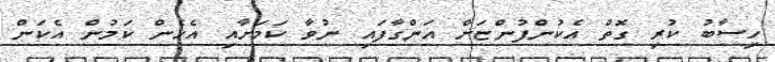
ހިސާބު ކުރި ގޮތް އެކުންފުންޏަށް އަންގާފައި ނުވާ ކަމަށާއި އެހެން ކަމުން އެކަން